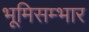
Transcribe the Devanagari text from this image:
भूमिसम्भार